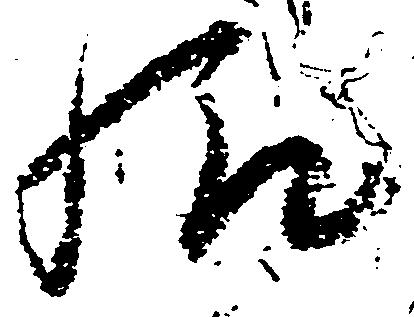
給